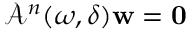
\mathcal { A } ^ { n } ( \omega , \delta ) \mathbf { w } = \mathbf { 0 }